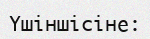
Үшіншісіне: